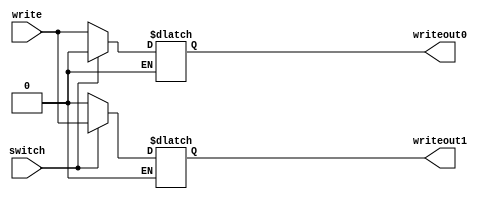
`timescale 1ns / 1ps
//////////////////////////////////////////////////////////////////////////////////
// Company: 
// Engineer: 
// 
// Design Name: 
// Module Name: Mux8bit
// Project Name: 
// Target Devices: 
// Tool Versions: 
// Description: 
// 
// Dependencies: 
// 
// Revision:
// Revision 0.01 - File Created
// Additional Comments:
// 
//////////////////////////////////////////////////////////////////////////////////


module Mux8bit(
    input write,switch,
    output reg writeout0,writeout1
    );
    always@(switch,write)
    begin
        if( switch==0)
        begin
         writeout0 = write;
         writeout1 = 0;
        end
        if( switch==1)
        begin
         writeout0 = 0;
         writeout1 = write;
        end
    end
endmodule